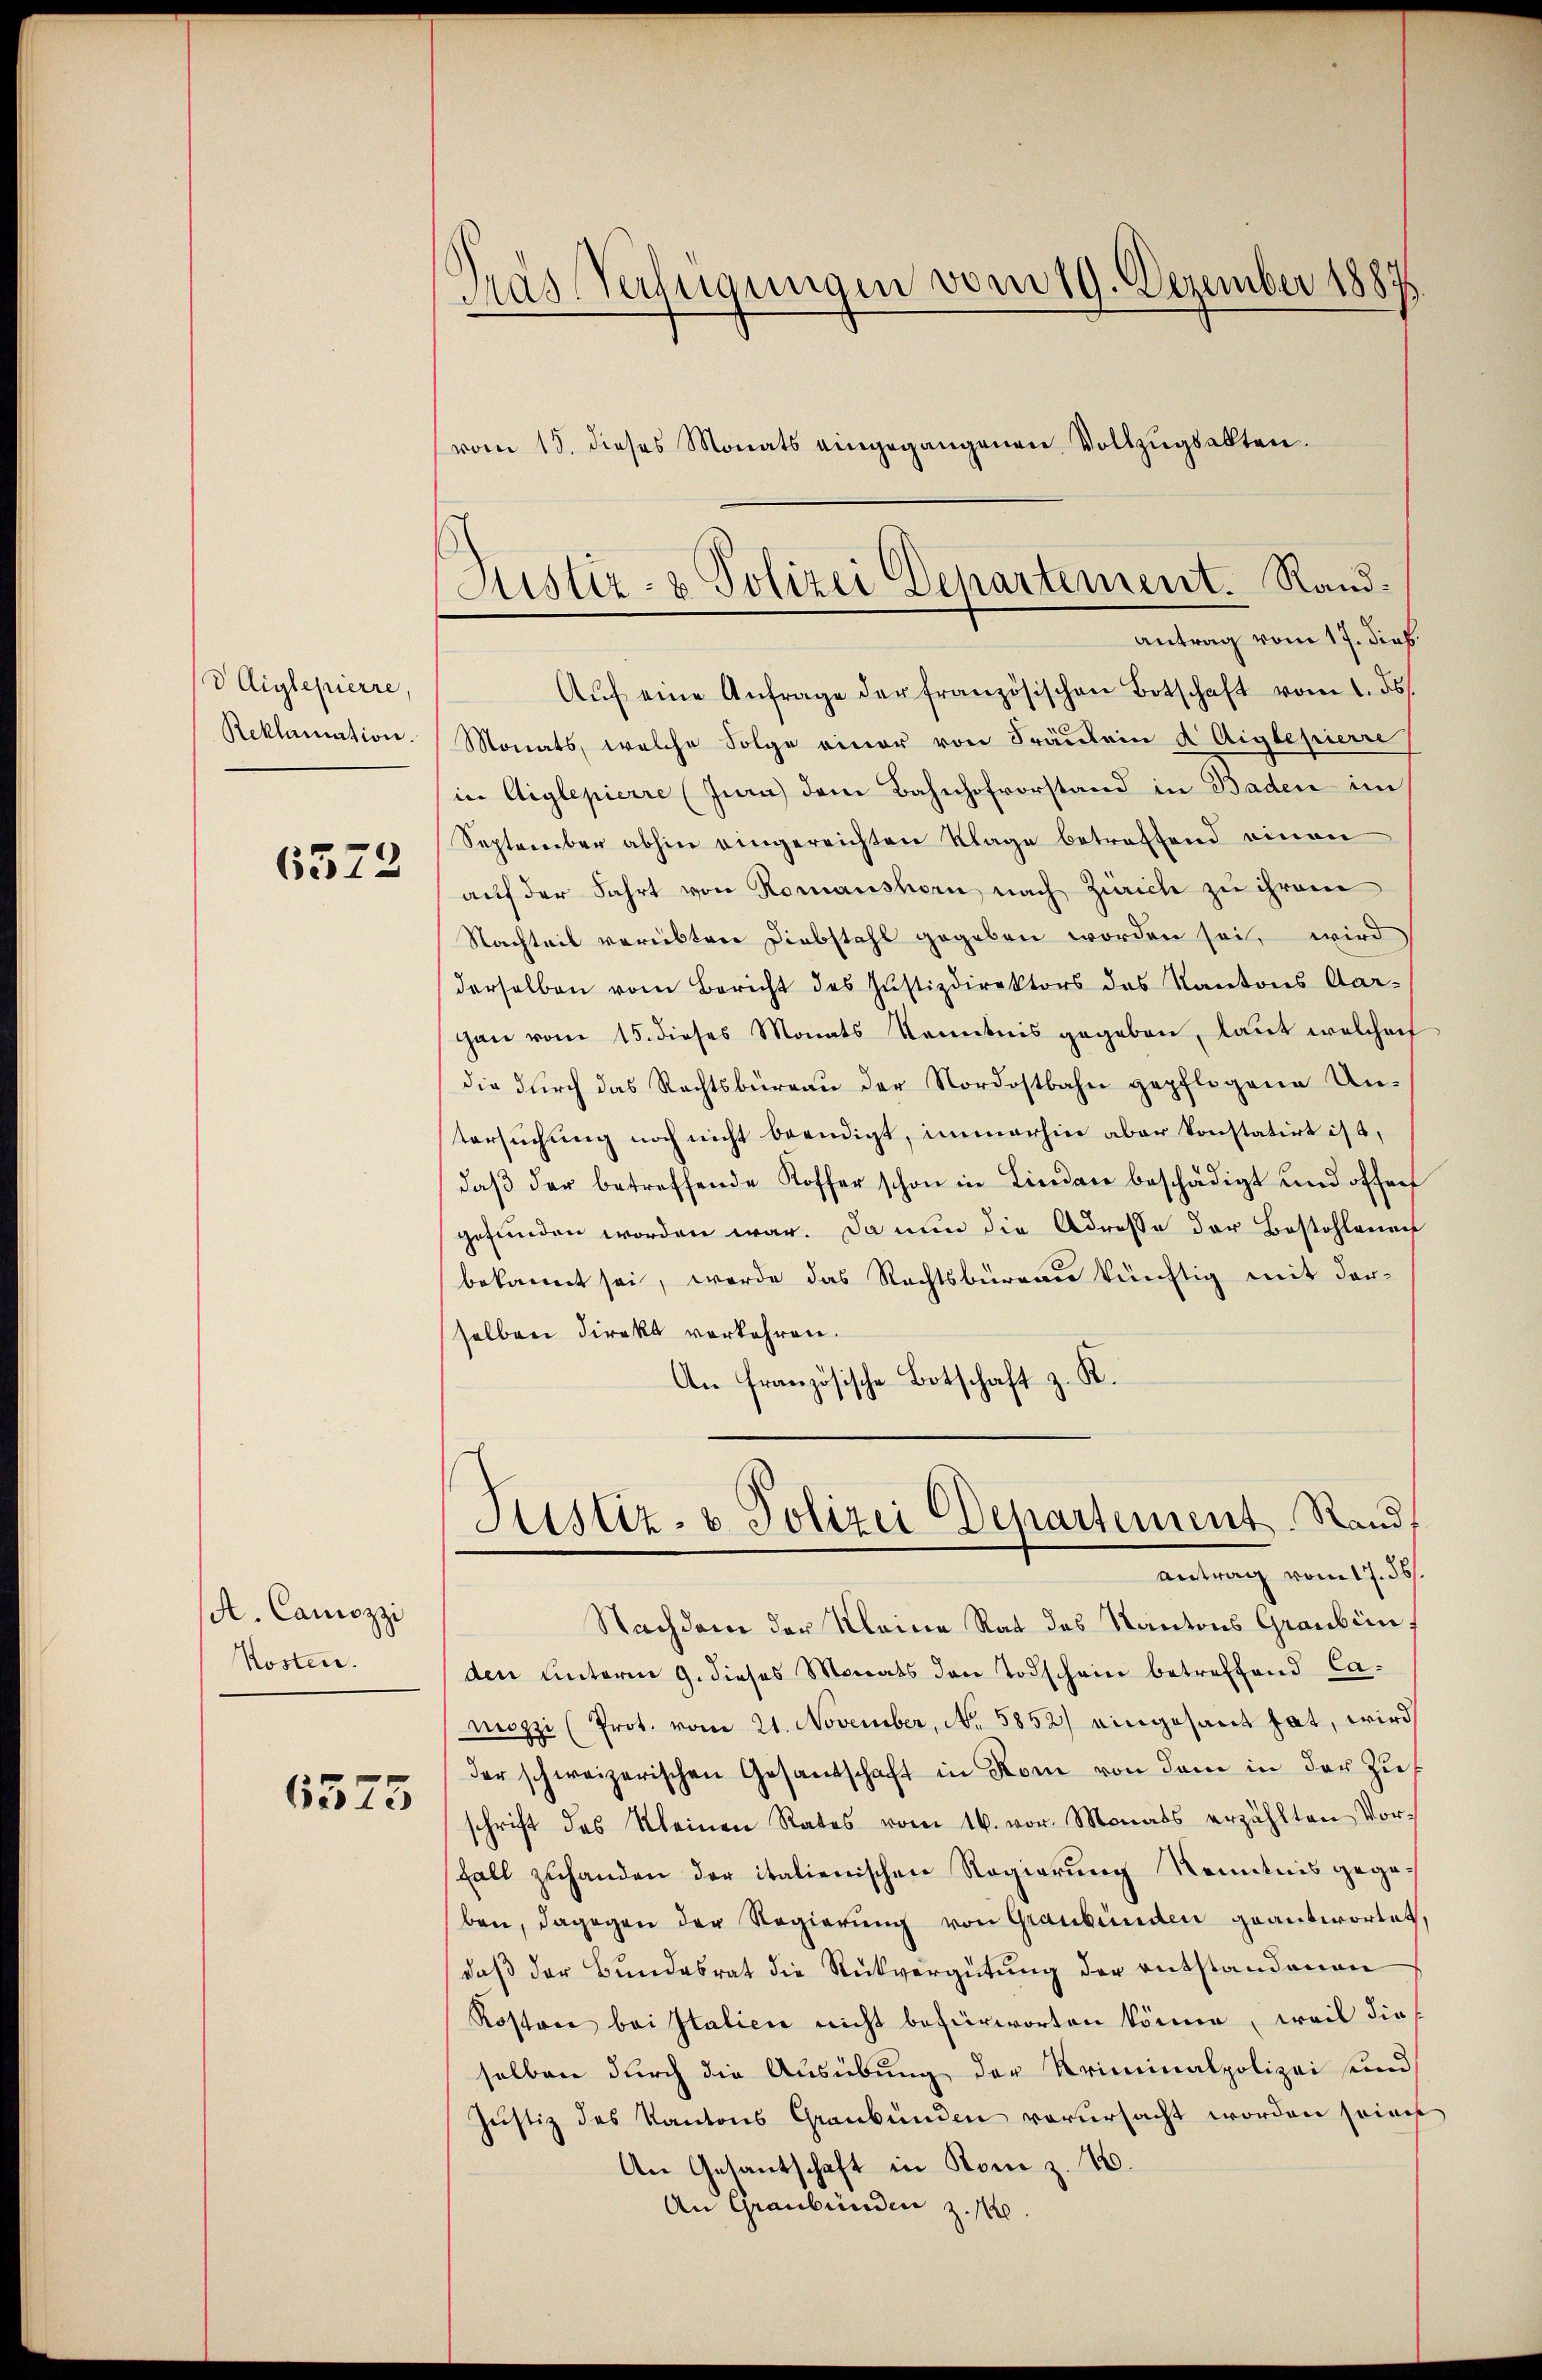
VAiglepierre,
Reklamation
6573

A. Canozzi
Kosten.

6375

Gras Verfügungen vom 19. Dezember 1887
vom 13. dieses Monats eingegangenen Vollzugsalten.

Justiz- & Polizei Departement. Rand¬
Antrag vom 17. dieß.

Aŭf eine Anfrage der französischen Botschaft vom 1. ds.
Monats, welche Folge einer von Fräulein a Aiglepierre
in Aiglepierre (Jura dem Bahnhofvorstand in Baden im
September abhin eingereichten Klage betroffend einen
auf der Fahrt von Romanshorn nach Zürich zu ihrem
Nachteil verübten Diebstahl gegeben worden sei, wird
derselben vom Bericht des Justizdirektors des Kantons Aargan vom 15. dieses Monats Kenntnis gegeben, laut welcher
die durch das Rechtsbüreau der Nordostbahn gepflogene Untersuchung noch nicht beendigt, immerhin aber konstatirt ist,
daβ der betreffende Koffer schon in Lindau beschädigt und offen
gefunden worden war. Da nun die Adresse der Bestohlenach
bekannt sei, werde das Rechtsbüreau künftig mit der-
selben direkt verkehren.
An Französische Botschaft z. R.
Justiz- & Polizei Departement. Rand,
Antrag vom 17. 56.
Nachdem der Kleine Rat des Kantons Graubün
den unterm 9. dieses Monats den Todschein betreffend Ca-
nozzi (Prot. vom 21. November, No. 5852) eingesant hat, wird
der schweizerischen Gesandschaft in Rom von dem in der Zuschrift des Kleinen Rates vom 16. vor. Monats erzählten Vor-
Fall zuhanden der italienischen Regierung Kenntnis gegeben, dagegen der Regierung von Graubünden geantwortet,
daß der Bundesrat die Rückvergütung der entstandenen
Rostrie bei Italici nicht befürworten könne, weil dies
selben durch die Ausübung der Kriminalpolizei und
Justiz des Kantons Graubünden verursacht worden seines
An Gesantschaft in Komi z. B.
An Graubünden z. 10.